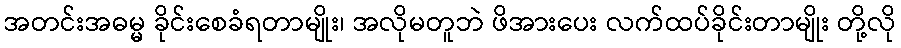
အတင်းအဓမ္မ ခိုင်းစေခံရတာမျိုး၊ အလိုမတူဘဲ ဖိအားပေး လက်ထပ်ခိုင်းတာမျိုး တို့လို